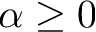
\alpha \geq 0